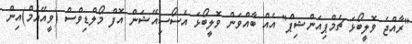
"ރާއްޖެ ވޮލީބޯޅަ ޗެމްޕިއަންޝިޕް" އެއް ބާއްވަން ވޮލީބޯޅަ އެސޯސިއޭޝަން އޮފް މޯލްޑިވްސް (ވީއޭއެމް)އިން